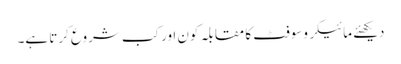
دیکھئے مائیکروسوفٹ کا مقابلہ کون اور کب شروع کرتا ہے۔